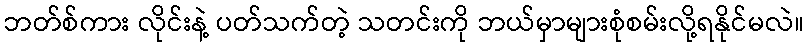
ဘတ်စ်ကား လိုင်းနဲ့ ပတ်သက်တဲ့ သတင်းကို ဘယ်မှာများစုံစမ်းလို့ရနိုင်မလဲ။